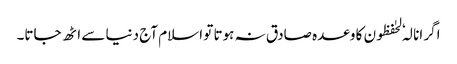
اگر انا لہٗ لحٰفظون کا وعدہ صادق نہ ہوتا تو اسلام آج دنیا سے اٹھ جاتا۔